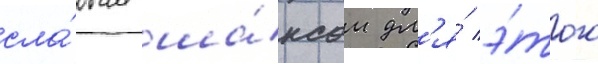
сла́бым ша́нсом дл'я́ э́того